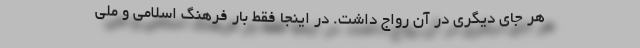
هر جای دیگری در آن رواج داشت. در اینجا فقط بار فرهنگ اسلامی و ملی